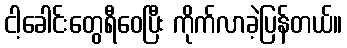
ငါ့ခေါင်းတွေရီဝေပြီး ကိုက်လာခဲ့ပြန်တယ်။